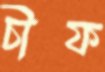
চীফ